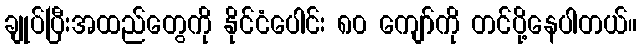
ချုပ်ပြီးအထည်တွေကို နိုင်ငံပေါင်း ၈၀ ကျော်ကို တင်ပို့နေပါတယ်။